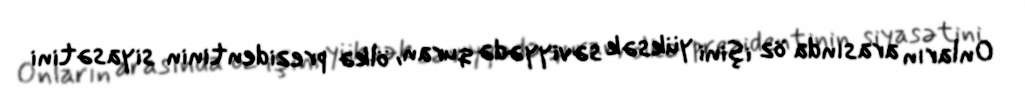
Onların arasında öz işini yüksək səviyyədə quran, ölkə prezidentinin siyasətini